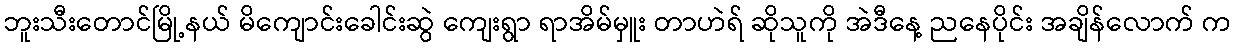
ဘူးသီးတောင်မြို့နယ် မိကျောင်းခေါင်းဆွဲ ကျေးရွာ ရာအိမ်မှူး တာဟဲရ် ဆိုသူကို အဲဒီနေ့ ညနေပိုင်း အချိန်လောက် က